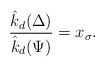
\begin{align*}\dfrac{\hat{k}_d(\Delta)}{\hat{k}_d(\Psi)}=x_\sigma.\end{align*}